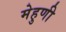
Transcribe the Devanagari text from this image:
मेहुणी